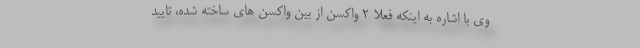
وی با اشاره به اینکه فعلا ۲ واکسن از بین واکسن های ساخته شده، تایید